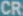
CR